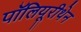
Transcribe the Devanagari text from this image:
पॉलियूरीथेन